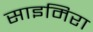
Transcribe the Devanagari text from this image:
साइमिरा